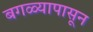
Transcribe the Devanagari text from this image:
बगळ्यापासून